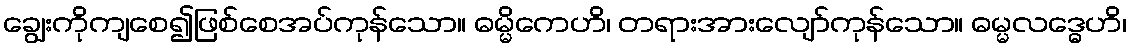
ချွေးကိုကျစေ၍ဖြစ်စေအပ်ကုန်သော။ ဓမ္မိကေဟိ၊ တရားအားလျော်ကုန်သော။ ဓမ္မလဒ္ဓေဟိ၊